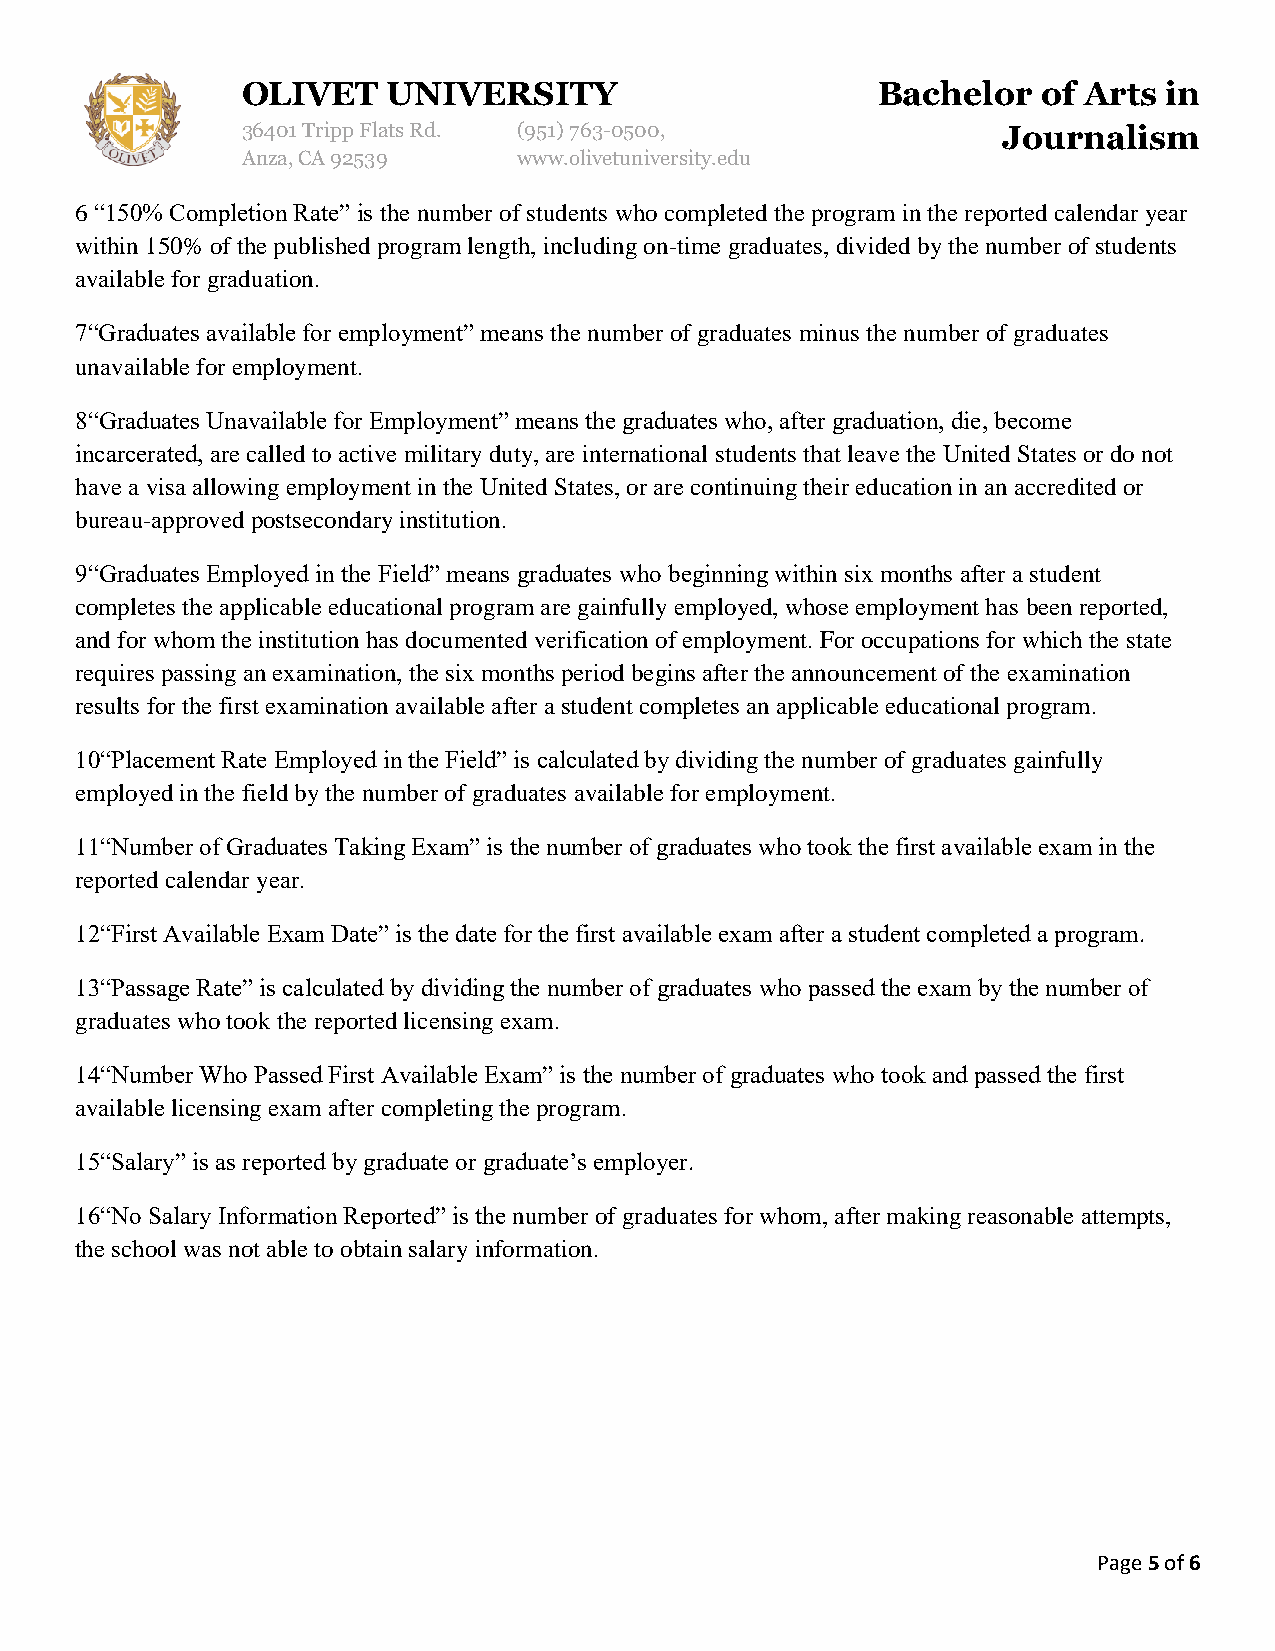
OLIVET    UNIVERSITY                      Bachelor   of Arts in
 36401 Tripp Flats Rd. (951)763-0500,              Journalism
 Anza, CA 92539    www.olivetuniversity.edu
 6 “150% Completion Rate” is the number of students who completed the program in the reported calendar year
 within 150% of the published program length, including on-time graduates, divided by the number of students
 available for graduation.
 7“Graduates available for employment” means the number of graduates minus the number of graduates
 unavailable for employment.
 8“Graduates Unavailable for Employment” means the graduates who, after graduation, die, become
 incarcerated, are called to active military duty, are international students that leave the United States or do not
 have a visa allowing employment in the United States, or are continuing their education in an accredited or
 bureau-approved postsecondary institution.
 9“Graduates Employed in the Field” means graduates who beginning within six months after a student
 completes the applicable educational program are gainfully employed, whose employment has been reported,
 and for whom the institution has documented verification of employment. For occupations for which the state
 requires passing an examination, the six months period begins after the announcement of the examination
 results for the first examination available after a student completes an applicable educational program.
 10“Placement Rate Employed in the Field” is calculated by dividing the number of graduates gainfully
 employed in the field by the number of graduates available for employment.
 11“Number of Graduates Taking Exam” is the number of graduates who took the first available exam in the
 reported calendar year.
 12“First Available Exam Date” is the date for the first available exam after a student completed a program.
 13“Passage Rate” is calculated by dividing the number of graduates who passed the exam by the number of
 graduates who took the reported licensing exam.
 14“Number Who Passed First Available Exam” is the number of graduates who took and passed the first
 available licensing exam after completing the program.
 15“Salary” is as reported by graduate or graduate’s employer.
 16“No Salary Information Reported” is the number of graduates for whom, after making reasonable attempts,
 the school was not able to obtain salary information.
 Page 5 of 6